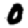
Digit: 0